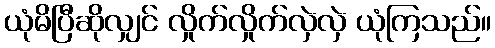
ယုံမိပြီဆိုလျှင် လှိုက်လှိုက်လှဲလှဲ ယုံကြသည်။